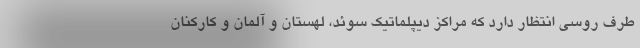
طرف روسی انتظار دارد که مراکز دیپلماتیک سوئد، لهستان و آلمان و کارکنان